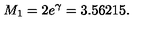
M _ { 1 } = 2 e ^ { \gamma } = 3 . 5 6 2 1 5 .